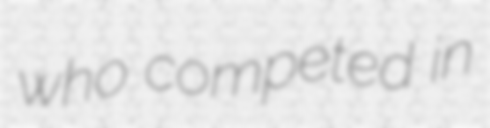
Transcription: who competed in